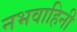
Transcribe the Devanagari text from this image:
नभवाहिनी